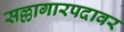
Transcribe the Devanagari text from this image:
सल्लागारपदावर